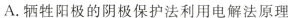
A.牺牲阳极的阴极保护法利用电解法原理